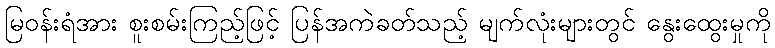
မြဝန်းရံအား စူးစမ်းကြည့်ဖြင့် ပြန်အကဲခတ်သည့် မျက်လုံးများတွင် နွေးထွေးမှုကို